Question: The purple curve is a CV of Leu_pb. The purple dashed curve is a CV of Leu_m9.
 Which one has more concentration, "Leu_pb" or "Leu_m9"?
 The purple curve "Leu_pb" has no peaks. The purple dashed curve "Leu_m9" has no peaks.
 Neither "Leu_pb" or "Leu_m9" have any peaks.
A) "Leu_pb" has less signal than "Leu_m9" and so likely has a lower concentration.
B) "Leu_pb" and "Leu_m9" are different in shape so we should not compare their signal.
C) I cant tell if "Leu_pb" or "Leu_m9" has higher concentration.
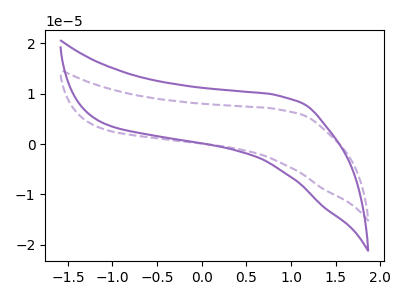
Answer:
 <answer>C) I cant tell if "Leu_pb" or "Leu_m9" has higher concentration.</answer>
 <eval>C</eval>